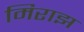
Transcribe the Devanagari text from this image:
मिराझ